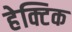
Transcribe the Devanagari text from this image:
हेक्टिक